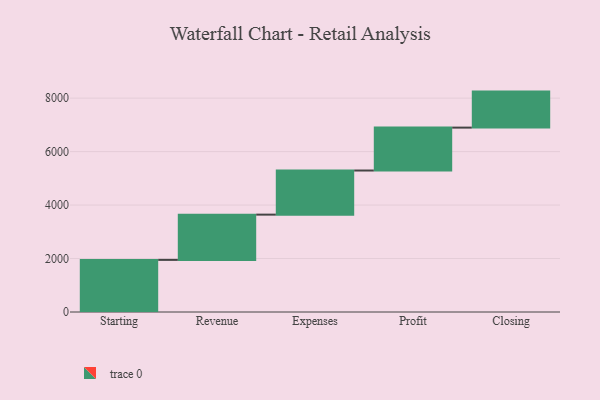
{"axis": {"x": "Step", "y": "Value"}, "legend": [""], "data": [{"x": "Starting", "y": 1949.0, "type": ""}, {"x": "Revenue", "y": 1693.0, "type": ""}, {"x": "Expenses", "y": 1650.0, "type": ""}, {"x": "Profit", "y": 1605.0, "type": ""}, {"x": "Closing", "y": 1347.0, "type": ""}]}